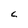
Character: C